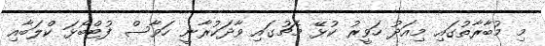
މި މުބާރާތުގައި މިއަދު ހަވީރު ކުޅޭ މެޗުގައި ވާދަކުރާނީ ހަވާސް ފުޓްބޯޅަ ކްލަބާއި